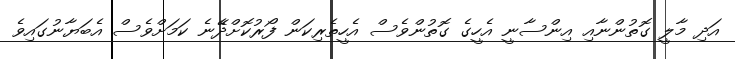
އަދި މާލީ ގޮތުންނާއި އިންސާނީ އެހީގެ ގޮތުންވެސް އެހީތެރިކަން ފޯރުކޮށްދެޭނެ ކަމަށްވެސް އެބަޔާނުގައިވެ